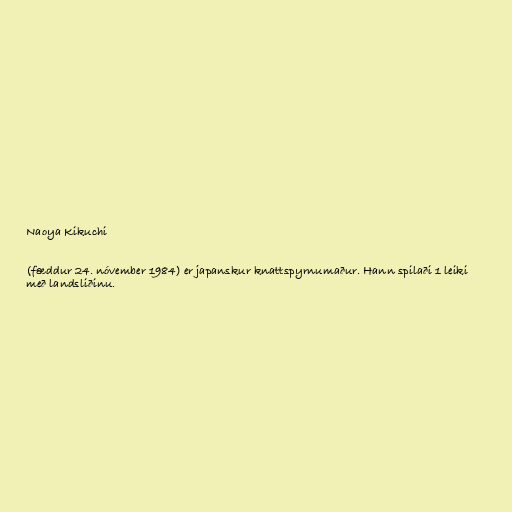
Naoya Kikuchi

(fæddur 24. nóvember 1984) er japanskur knattspyrnumaður. Hann spilaði 1 leiki
með landsliðinu.